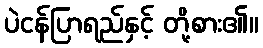
ပဲငန်ပြာရည်နှင့် တို့စား၏။